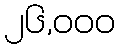
၂၆,၀၀၀